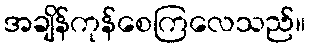
အချိန်ကုန်စေကြလေသည်။